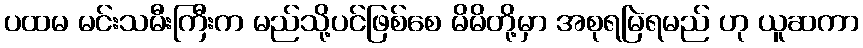
ပထမ မင်းသမီးကြီးက မည်သို့ပင်ဖြစ်စေ မိမိတို့မှာ အစုရမြဲရမည် ဟု ယူဆကာ